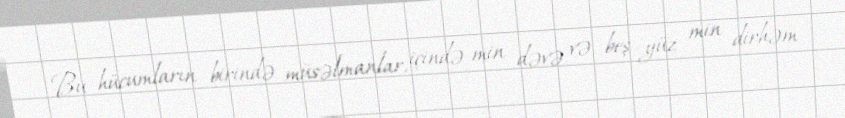
Bu hücumların birində müsəlmanlar, içində min dəvə və beş yüz min dirhəm